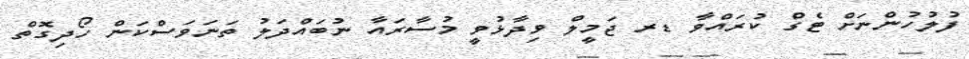
ފުލުހުންނަށް ޓެގް ކުރައްވާ ޑރ ޖަމީލް ވިދާޅުވީ މުސާރައާ ނުބައްދަލު ތަނަވަސްކަން ހޯދިގޮތް